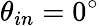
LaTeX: \theta_{in}=0^{\circ}